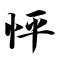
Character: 怦